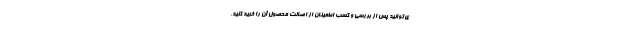
ی‌توانید پس از بررسی و کسب اطمینان از اصالت محصول آن را خرید کنید.